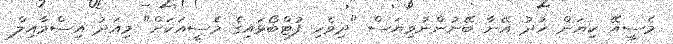
މެސީއޭ ކިޔަން ޚުދު އޭނާ ބޭނުންނުވިޔަސް "ދިވެހި ފުޓްބޯޅައިގެ މެސީއަކަށް" މިއަދު އިސްމާއިލް